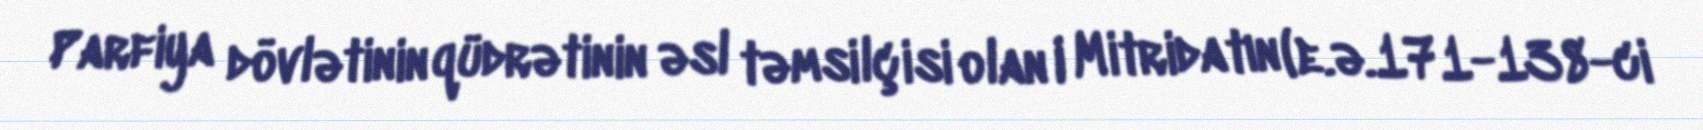
Parfiya dövlətinin qüdrətinin əsl təmsilçisi olan I Mitridatın (e.ə.171-138-ci